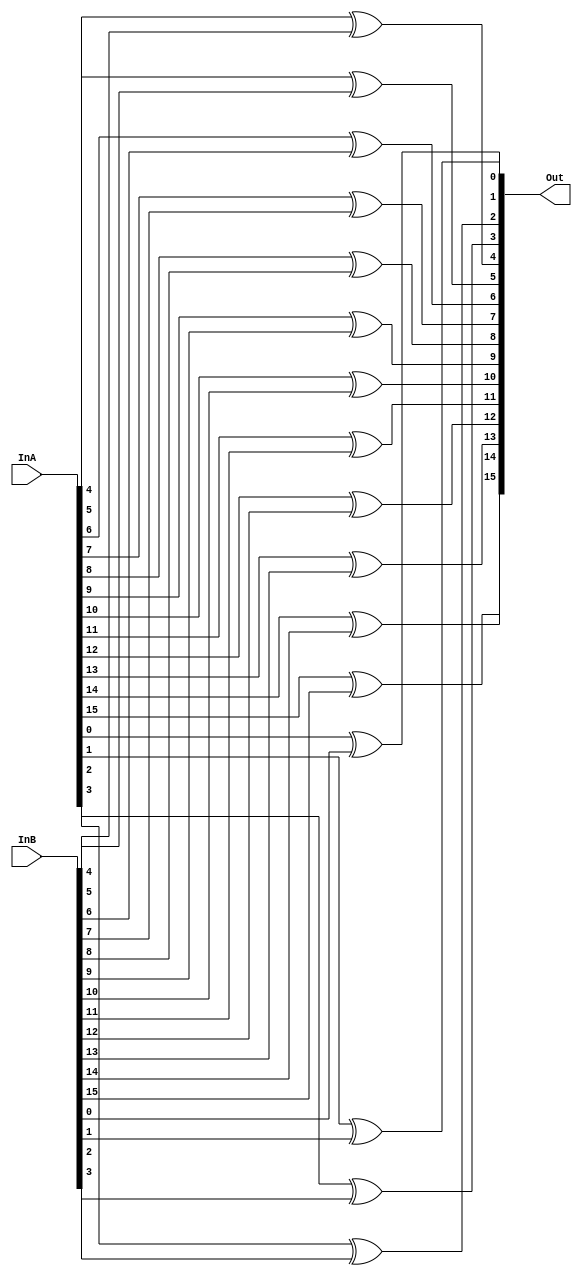

module xor16 (InA, InB, Out);
	input [15:0] InA, InB;
	output [15:0] Out;
	
	assign Out[0] = InA[0] ^ InB[0];
	assign Out[1] = InA[1] ^ InB[1];
	assign Out[2] = InA[2] ^ InB[2];
	assign Out[3] = InA[3] ^ InB[3];
	assign Out[4] = InA[4] ^ InB[4];
	assign Out[5] = InA[5] ^ InB[5];
	assign Out[6] = InA[6] ^ InB[6];
	assign Out[7] = InA[7] ^ InB[7];
	assign Out[8] = InA[8] ^ InB[8];
	assign Out[9] = InA[9] ^ InB[9];
	assign Out[10] = InA[10] ^ InB[10];
	assign Out[11] = InA[11] ^ InB[11];
	assign Out[12] = InA[12] ^ InB[12];
	assign Out[13] = InA[13] ^ InB[13];
	assign Out[14] = InA[14] ^ InB[14];
	assign Out[15] = InA[15] ^ InB[15];

endmodule